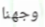
وجهنا